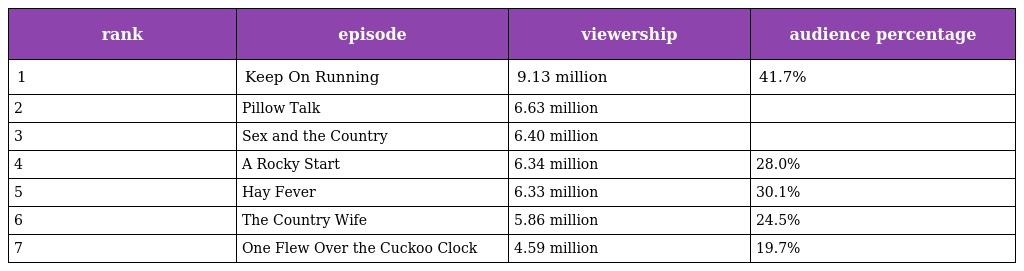
| rank | episode | viewership | audience percentage |
 | --- | --- | --- | --- |
 | 1 | Keep On Running | 9.13 million | 41.7% |
 | 2 | Pillow Talk | 6.63 million |  |
 | 3 | Sex and the Country | 6.40 million |  |
 | 4 | A Rocky Start | 6.34 million | 28.0% |
 | 5 | Hay Fever | 6.33 million | 30.1% |
 | 6 | The Country Wife | 5.86 million | 24.5% |
 | 7 | One Flew Over the Cuckoo Clock | 4.59 million | 19.7% |